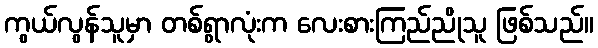
ကွယ်လွန်သူမှာ တစ်ရွာလုံးက လေးစားကြည်ညိုသူ ဖြစ်သည်။